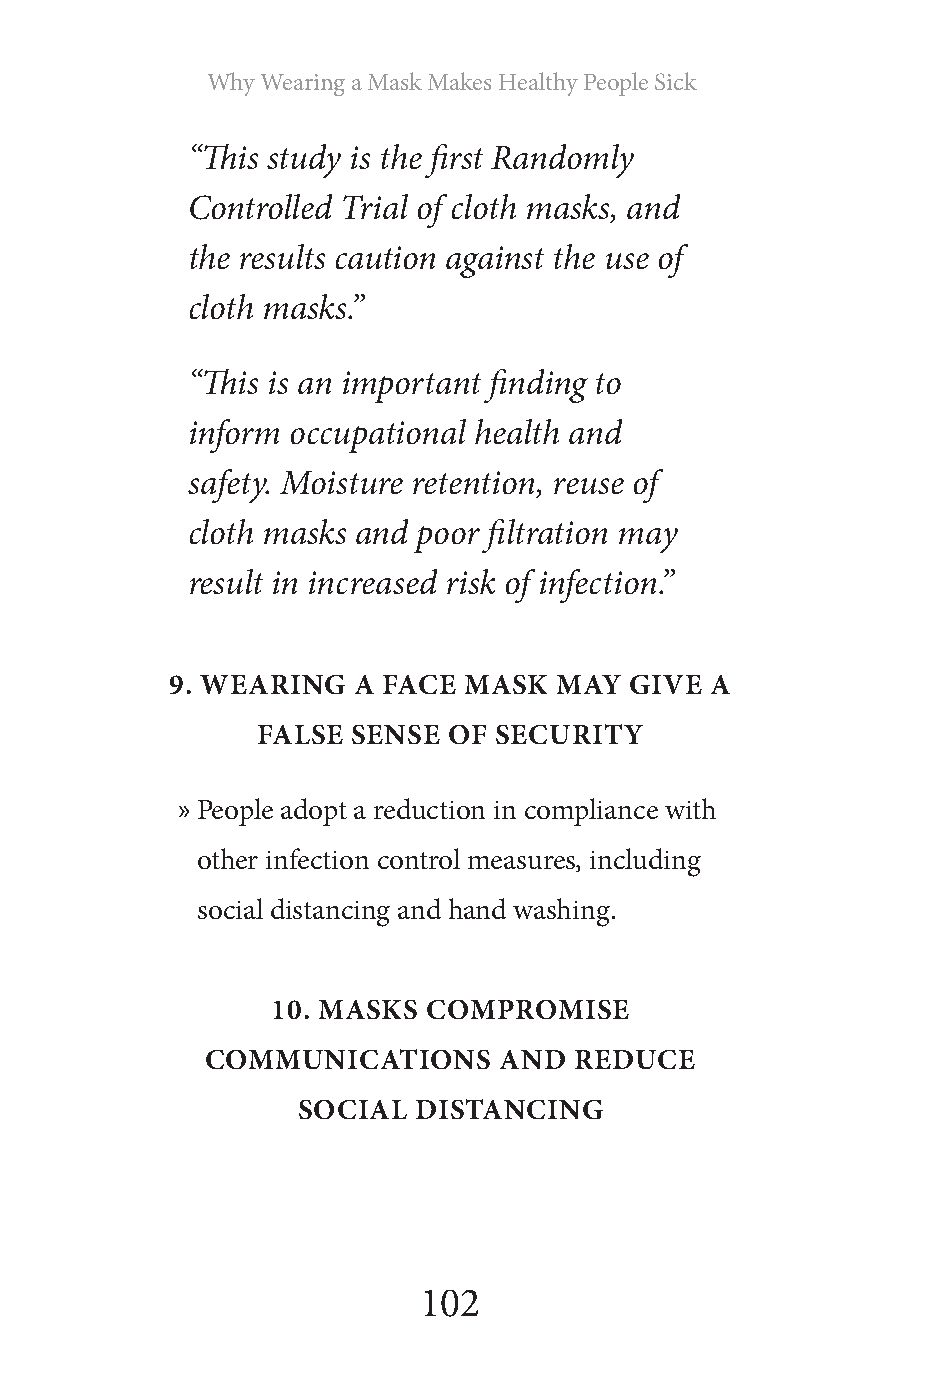
Why Wearing a Mask Makes Healthy People Sick
 “This study is the first Randomly
 Controlled Trial of cloth masks, and
 the results caution against the use of
 cloth masks.”
 “This is an important finding to
 inform occupational health and
 safety. Moisture retention, reuse of
 cloth masks and poor filtration may
 result in increased risk of infection.”
 9. WEARING  A FACE  MASK  MAY  GIVE A
 FALSE SENSE  OF SECURITY
 » People adopt a reduction in compliance with
 other infection control measures, including
 social distancing and hand washing.
 10. MASKS COMPROMISE
 COMMUNICATIONS     AND  REDUCE
 SOCIAL DISTANCING
 102